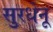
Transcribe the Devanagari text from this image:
सुरधेनू